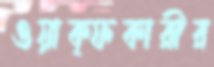
ওয়াক্ফকারীর